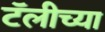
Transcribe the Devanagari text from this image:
टॅलीच्या